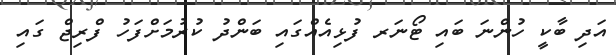
އަދި ބާކީ ހުންނަ ބައި ޓޯނަރ ފުޅިއެއްގައި ބަންދު ކުރުމަށްފަހު ފްރިޖް ގައި